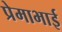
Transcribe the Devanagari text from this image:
प्रेमाभाई